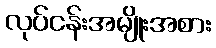
လုပ်ငန်းအမျိုးအစား